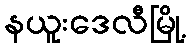
နယူးဒေလီမြို့